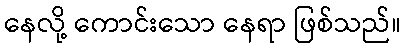
နေလို့ ကောင်းသော နေရာ ဖြစ်သည်။